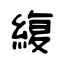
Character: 緮